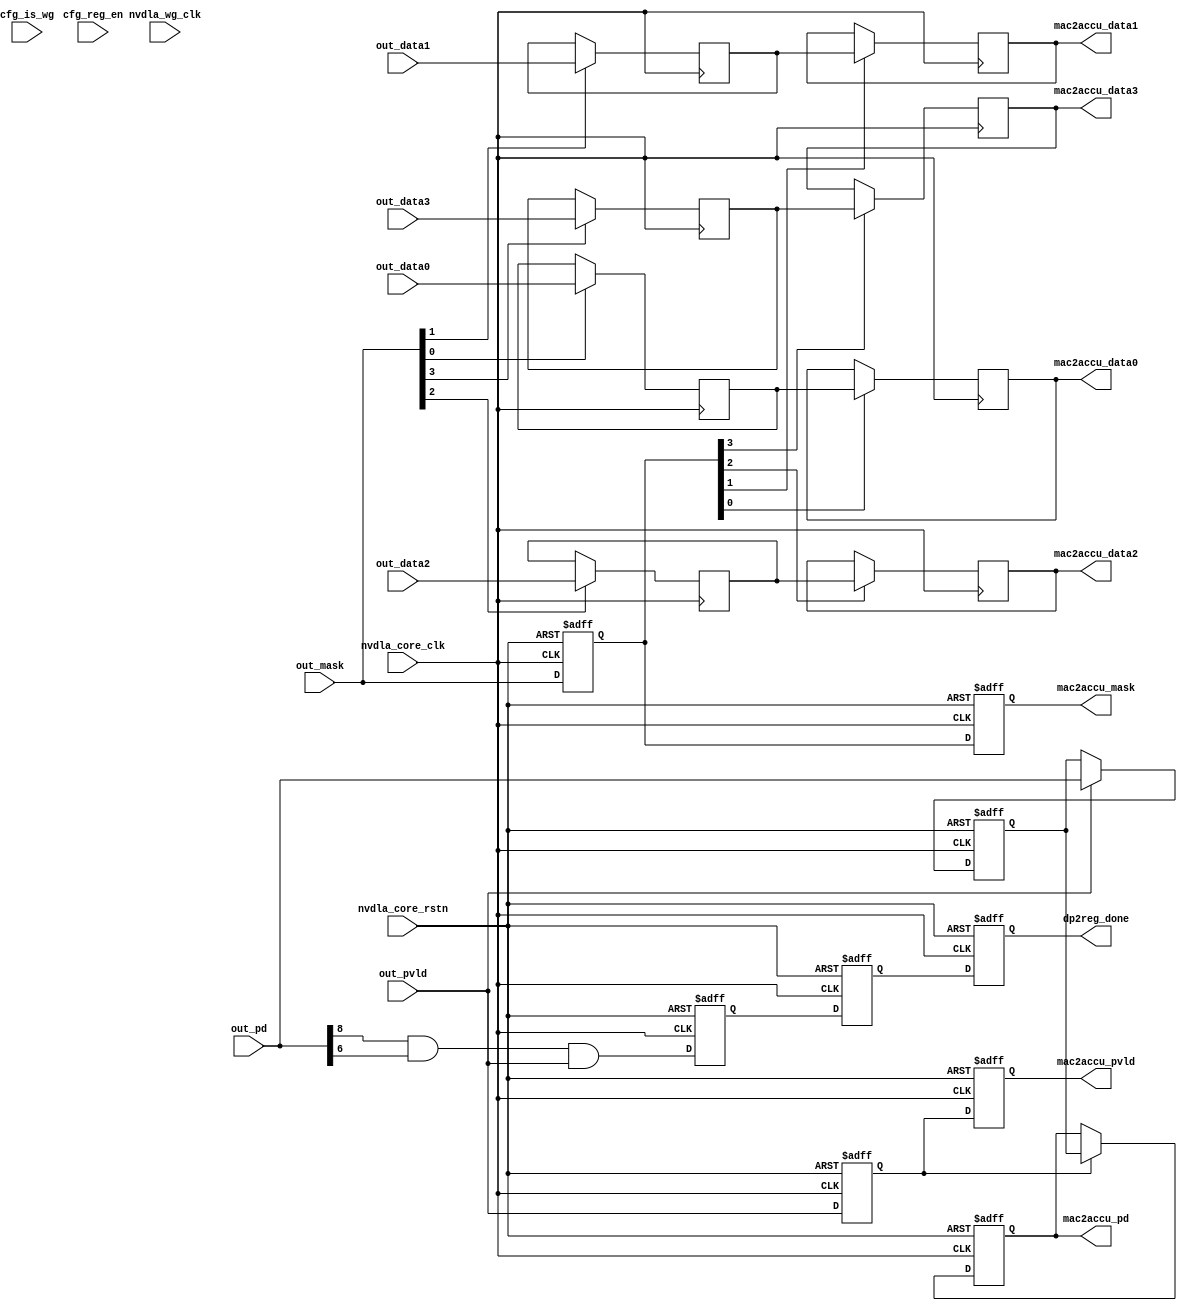
// ================================================================
// NVDLA Open Source Project
//
// Copyright(c) 2016 - 2017 NVIDIA Corporation. Licensed under the
// NVDLA Open Hardware License; Check "LICENSE" which comes with
// this distribution for more information.
// ================================================================
// ================================================================
// NVDLA Open Source Project
// 
// Copyright(c) 2016 - 2017 NVIDIA Corporation.  Licensed under the
// NVDLA Open Hardware License; Check "LICENSE" which comes with 
// this distribution for more information.
// ================================================================
`define DESIGNWARE_NOEXIST 1
module NV_NVDLA_CMAC_CORE_rt_out (
   nvdla_core_clk
  ,nvdla_wg_clk
  ,nvdla_core_rstn
  ,cfg_is_wg
  ,cfg_reg_en
//: for(my $i=0; $i<8/2; $i++){
//: print qq(
//: ,out_data${i} )
//: }
//| eperl: generated_beg (DO NOT EDIT BELOW)

,out_data0 
,out_data1 
,out_data2 
,out_data3 
//| eperl: generated_end (DO NOT EDIT ABOVE)
  ,out_mask
  ,out_pd
  ,out_pvld
  ,dp2reg_done
//: for(my $i=0; $i<8/2; $i++){
//: print qq(
//: ,mac2accu_data${i} )
//: }
//| eperl: generated_beg (DO NOT EDIT BELOW)

,mac2accu_data0 
,mac2accu_data1 
,mac2accu_data2 
,mac2accu_data3 
//| eperl: generated_end (DO NOT EDIT ABOVE)
  ,mac2accu_mask
  ,mac2accu_pd
  ,mac2accu_pvld
  );
input nvdla_core_clk;
input nvdla_wg_clk;
input nvdla_core_rstn;
input cfg_is_wg;
input cfg_reg_en;
//: for(my $i=0; $i<8/2; $i++){
//: print qq(
//: input[19 -1:0] out_data${i}; )
//: }
//| eperl: generated_beg (DO NOT EDIT BELOW)

input[19 -1:0] out_data0; 
input[19 -1:0] out_data1; 
input[19 -1:0] out_data2; 
input[19 -1:0] out_data3; 
//| eperl: generated_end (DO NOT EDIT ABOVE)
input [8/2 -1:0] out_mask;
input [8:0] out_pd;
input out_pvld;
output dp2reg_done;
//: for(my $i=0; $i<8/2; $i++){
//: print qq(
//: output[19 -1:0] mac2accu_data${i}; )
//: }
//| eperl: generated_beg (DO NOT EDIT BELOW)

output[19 -1:0] mac2accu_data0; 
output[19 -1:0] mac2accu_data1; 
output[19 -1:0] mac2accu_data2; 
output[19 -1:0] mac2accu_data3; 
//| eperl: generated_end (DO NOT EDIT ABOVE)
output [8/2 -1:0] mac2accu_mask;
output [8:0] mac2accu_pd;
output mac2accu_pvld;
wire [8/2 -1:0] mac2accu_mask;
wire [8:0] mac2accu_pd;
wire mac2accu_pvld;
wire out_layer_done;
wire out_rt_done_d0;
//==========================================================
// Config logic
//==========================================================
//: &eperl::flop(" -q  \"cfg_reg_en_d1\"  -d \"cfg_reg_en\" -clk nvdla_core_clk -rst nvdla_core_rstn ");
//: &eperl::flop(" -q  \"cfg_is_wg_d1\"  -en \"cfg_reg_en\" -d  \"cfg_is_wg\" -clk nvdla_core_clk -rst nvdla_core_rstn ");
//| eperl: generated_beg (DO NOT EDIT BELOW)
reg  cfg_reg_en_d1;
always @(posedge nvdla_core_clk or negedge nvdla_core_rstn) begin
   if (!nvdla_core_rstn) begin
       cfg_reg_en_d1 <= 'b0;
   end else begin
       cfg_reg_en_d1 <= cfg_reg_en;
   end
end
reg  cfg_is_wg_d1;
always @(posedge nvdla_core_clk or negedge nvdla_core_rstn) begin
   if (!nvdla_core_rstn) begin
       cfg_is_wg_d1 <= 'b0;
   end else begin
       if ((cfg_reg_en) == 1'b1) begin
           cfg_is_wg_d1 <= cfg_is_wg;
       // VCS coverage off
       end else if ((cfg_reg_en) == 1'b0) begin
       end else begin
           cfg_is_wg_d1 <= 'bx;
       // VCS coverage on
       end
   end
end

//| eperl: generated_end (DO NOT EDIT ABOVE)
//==========================================================
// Output retiming
//==========================================================
assign out_layer_done = out_pd[8] &
                            out_pd[6] &
                            out_pvld;
//: my $kk = 8/2;
//: my $jj = 19;
//: print "wire             out_rt_pvld_d0 = out_pvld;\n";
//: print "wire [$kk-1:0]   out_rt_mask_d0 = out_mask;\n";
//: print "wire [8:0]       out_rt_pd_d0   = out_pd;\n";
//: for(my $k = 0; $k < $kk; $k ++) {
//: print "wire [${jj}-1:0]    out_rt_data${k}_d0 =  out_data${k};\n";
//: }
//: my $latency = 2;
//: my $kk = 8/2;
//: my $res_width = 19;
//: for(my $i = 0; $i < $latency; $i ++) {
//: my $j = $i + 1;
//: &eperl::flop(" -q  out_rt_pvld_d${j}  -d \"out_rt_pvld_d${i}\" -clk nvdla_core_clk -rst nvdla_core_rstn ");
//: &eperl::flop(" -q  out_rt_mask_d${j}  -d \"out_rt_mask_d${i}\" -wid $kk -clk nvdla_core_clk -rst nvdla_core_rstn ");
//: &eperl::flop("-wid 9 -q  out_rt_pd_d${j}  -en \"out_rt_pvld_d${i}\" -d  \"out_rt_pd_d${i}\" -clk nvdla_core_clk -rst nvdla_core_rstn");
//: for(my $k = 0; $k < $kk; $k ++) {
//: &eperl::flop("-norst -wid $res_width  -q out_rt_data${k}_d${j} -en \"out_rt_mask_d${i}[${k}]\" -d  \"out_rt_data${k}_d${i}\" -clk nvdla_core_clk");
//: }
//: }
//:
//: my $i = $latency;
//: print "assign    mac2accu_pvld = out_rt_pvld_d${i};\n";
//: print "assign    mac2accu_mask = out_rt_mask_d${i};\n";
//: print "assign    mac2accu_pd = out_rt_pd_d${i};\n";
//: my $kk = 8/2;
//: for(my $k = 0; $k < $kk; $k ++) {
//: print "assign    mac2accu_data${k} = out_rt_data${k}_d${i};\n";
//: }
//:
//| eperl: generated_beg (DO NOT EDIT BELOW)
wire             out_rt_pvld_d0 = out_pvld;
wire [4-1:0]   out_rt_mask_d0 = out_mask;
wire [8:0]       out_rt_pd_d0   = out_pd;
wire [19-1:0]    out_rt_data0_d0 =  out_data0;
wire [19-1:0]    out_rt_data1_d0 =  out_data1;
wire [19-1:0]    out_rt_data2_d0 =  out_data2;
wire [19-1:0]    out_rt_data3_d0 =  out_data3;
reg  out_rt_pvld_d1;
always @(posedge nvdla_core_clk or negedge nvdla_core_rstn) begin
   if (!nvdla_core_rstn) begin
       out_rt_pvld_d1 <= 'b0;
   end else begin
       out_rt_pvld_d1 <= out_rt_pvld_d0;
   end
end
reg [3:0] out_rt_mask_d1;
always @(posedge nvdla_core_clk or negedge nvdla_core_rstn) begin
   if (!nvdla_core_rstn) begin
       out_rt_mask_d1 <= 'b0;
   end else begin
       out_rt_mask_d1 <= out_rt_mask_d0;
   end
end
reg [8:0] out_rt_pd_d1;
always @(posedge nvdla_core_clk or negedge nvdla_core_rstn) begin
   if (!nvdla_core_rstn) begin
       out_rt_pd_d1 <= 'b0;
   end else begin
       if ((out_rt_pvld_d0) == 1'b1) begin
           out_rt_pd_d1 <= out_rt_pd_d0;
       // VCS coverage off
       end else if ((out_rt_pvld_d0) == 1'b0) begin
       end else begin
           out_rt_pd_d1 <= 'bx;
       // VCS coverage on
       end
   end
end
reg [18:0] out_rt_data0_d1;
always @(posedge nvdla_core_clk) begin
       if ((out_rt_mask_d0[0]) == 1'b1) begin
           out_rt_data0_d1 <= out_rt_data0_d0;
       // VCS coverage off
       end else if ((out_rt_mask_d0[0]) == 1'b0) begin
       end else begin
           out_rt_data0_d1 <= 'bx;
       // VCS coverage on
       end
end
reg [18:0] out_rt_data1_d1;
always @(posedge nvdla_core_clk) begin
       if ((out_rt_mask_d0[1]) == 1'b1) begin
           out_rt_data1_d1 <= out_rt_data1_d0;
       // VCS coverage off
       end else if ((out_rt_mask_d0[1]) == 1'b0) begin
       end else begin
           out_rt_data1_d1 <= 'bx;
       // VCS coverage on
       end
end
reg [18:0] out_rt_data2_d1;
always @(posedge nvdla_core_clk) begin
       if ((out_rt_mask_d0[2]) == 1'b1) begin
           out_rt_data2_d1 <= out_rt_data2_d0;
       // VCS coverage off
       end else if ((out_rt_mask_d0[2]) == 1'b0) begin
       end else begin
           out_rt_data2_d1 <= 'bx;
       // VCS coverage on
       end
end
reg [18:0] out_rt_data3_d1;
always @(posedge nvdla_core_clk) begin
       if ((out_rt_mask_d0[3]) == 1'b1) begin
           out_rt_data3_d1 <= out_rt_data3_d0;
       // VCS coverage off
       end else if ((out_rt_mask_d0[3]) == 1'b0) begin
       end else begin
           out_rt_data3_d1 <= 'bx;
       // VCS coverage on
       end
end
reg  out_rt_pvld_d2;
always @(posedge nvdla_core_clk or negedge nvdla_core_rstn) begin
   if (!nvdla_core_rstn) begin
       out_rt_pvld_d2 <= 'b0;
   end else begin
       out_rt_pvld_d2 <= out_rt_pvld_d1;
   end
end
reg [3:0] out_rt_mask_d2;
always @(posedge nvdla_core_clk or negedge nvdla_core_rstn) begin
   if (!nvdla_core_rstn) begin
       out_rt_mask_d2 <= 'b0;
   end else begin
       out_rt_mask_d2 <= out_rt_mask_d1;
   end
end
reg [8:0] out_rt_pd_d2;
always @(posedge nvdla_core_clk or negedge nvdla_core_rstn) begin
   if (!nvdla_core_rstn) begin
       out_rt_pd_d2 <= 'b0;
   end else begin
       if ((out_rt_pvld_d1) == 1'b1) begin
           out_rt_pd_d2 <= out_rt_pd_d1;
       // VCS coverage off
       end else if ((out_rt_pvld_d1) == 1'b0) begin
       end else begin
           out_rt_pd_d2 <= 'bx;
       // VCS coverage on
       end
   end
end
reg [18:0] out_rt_data0_d2;
always @(posedge nvdla_core_clk) begin
       if ((out_rt_mask_d1[0]) == 1'b1) begin
           out_rt_data0_d2 <= out_rt_data0_d1;
       // VCS coverage off
       end else if ((out_rt_mask_d1[0]) == 1'b0) begin
       end else begin
           out_rt_data0_d2 <= 'bx;
       // VCS coverage on
       end
end
reg [18:0] out_rt_data1_d2;
always @(posedge nvdla_core_clk) begin
       if ((out_rt_mask_d1[1]) == 1'b1) begin
           out_rt_data1_d2 <= out_rt_data1_d1;
       // VCS coverage off
       end else if ((out_rt_mask_d1[1]) == 1'b0) begin
       end else begin
           out_rt_data1_d2 <= 'bx;
       // VCS coverage on
       end
end
reg [18:0] out_rt_data2_d2;
always @(posedge nvdla_core_clk) begin
       if ((out_rt_mask_d1[2]) == 1'b1) begin
           out_rt_data2_d2 <= out_rt_data2_d1;
       // VCS coverage off
       end else if ((out_rt_mask_d1[2]) == 1'b0) begin
       end else begin
           out_rt_data2_d2 <= 'bx;
       // VCS coverage on
       end
end
reg [18:0] out_rt_data3_d2;
always @(posedge nvdla_core_clk) begin
       if ((out_rt_mask_d1[3]) == 1'b1) begin
           out_rt_data3_d2 <= out_rt_data3_d1;
       // VCS coverage off
       end else if ((out_rt_mask_d1[3]) == 1'b0) begin
       end else begin
           out_rt_data3_d2 <= 'bx;
       // VCS coverage on
       end
end
assign    mac2accu_pvld = out_rt_pvld_d2;
assign    mac2accu_mask = out_rt_mask_d2;
assign    mac2accu_pd = out_rt_pd_d2;
assign    mac2accu_data0 = out_rt_data0_d2;
assign    mac2accu_data1 = out_rt_data1_d2;
assign    mac2accu_data2 = out_rt_data2_d2;
assign    mac2accu_data3 = out_rt_data3_d2;

//| eperl: generated_end (DO NOT EDIT ABOVE)
// get layer done signal
assign out_rt_done_d0 = out_layer_done;
//: my $latency = 2 + 1;
//: for(my $i = 0; $i < $latency; $i ++) {
//: my $j = $i + 1;
//: &eperl::flop(" -q  out_rt_done_d${j}  -d \"out_rt_done_d${i}\" -clk nvdla_core_clk -rst nvdla_core_rstn ");
//: };
//: my $h = $latency;
//: print "assign dp2reg_done = out_rt_done_d${h};\n";
//| eperl: generated_beg (DO NOT EDIT BELOW)
reg  out_rt_done_d1;
always @(posedge nvdla_core_clk or negedge nvdla_core_rstn) begin
   if (!nvdla_core_rstn) begin
       out_rt_done_d1 <= 'b0;
   end else begin
       out_rt_done_d1 <= out_rt_done_d0;
   end
end
reg  out_rt_done_d2;
always @(posedge nvdla_core_clk or negedge nvdla_core_rstn) begin
   if (!nvdla_core_rstn) begin
       out_rt_done_d2 <= 'b0;
   end else begin
       out_rt_done_d2 <= out_rt_done_d1;
   end
end
reg  out_rt_done_d3;
always @(posedge nvdla_core_clk or negedge nvdla_core_rstn) begin
   if (!nvdla_core_rstn) begin
       out_rt_done_d3 <= 'b0;
   end else begin
       out_rt_done_d3 <= out_rt_done_d2;
   end
end
assign dp2reg_done = out_rt_done_d3;

//| eperl: generated_end (DO NOT EDIT ABOVE)
endmodule